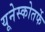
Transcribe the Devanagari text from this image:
यूनेस्कोतर्फे